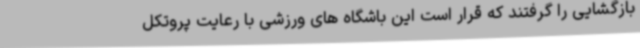
بازگشایی را گرفتند که قرار است این باشگاه های ورزشی با رعایت پروتکل